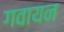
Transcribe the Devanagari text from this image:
गवायन